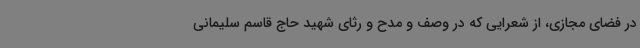
در فضای مجازی، از شعرایی که در وصف و مدح و رثای شهید حاج قاسم سلیمانی